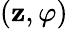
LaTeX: (\mathbf{z},\varphi)